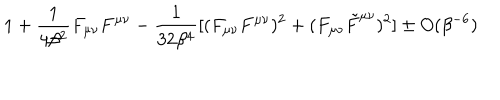
LaTeX: 1 + \frac { 1 } { 4 \beta ^ { 2 } } F _ { \mu \nu } F ^ { \mu \nu } - \frac { 1 } { 3 2 \beta ^ { 4 } } [ ( F _ { \mu \nu } F ^ { \mu \nu } ) ^ { 2 } + ( F _ { \mu \nu } \tilde { F } ^ { \mu \nu } ) ^ { 2 } ] \pm O ( \beta ^ { - 6 } )